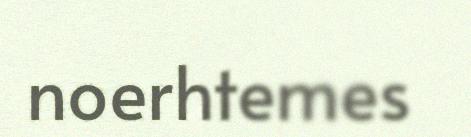
noerhtemes